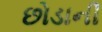
છોડાની